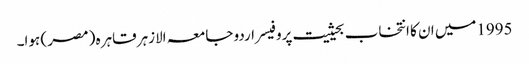
1995میں ان کا انتخاب بحیثیت پروفیسر اردو جامعہ الازہر قاہرہ ( مصر ) ہوا۔